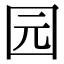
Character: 园